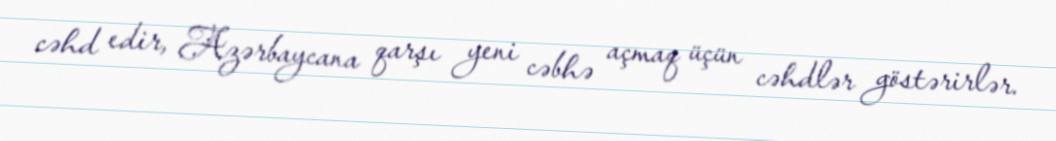
cəhd edir, Azərbaycana qarşı yeni cəbhə açmaq üçün cəhdlər göstərirlər.